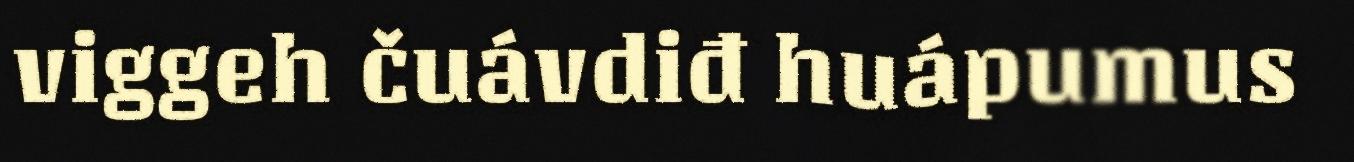
viggeh čuávdiđ huápumus